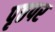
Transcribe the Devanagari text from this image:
पृष्ठपर